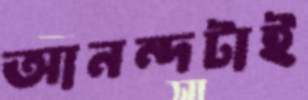
আনন্দটাই